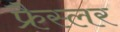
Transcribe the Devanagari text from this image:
फ्रैस्लर